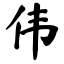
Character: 伟